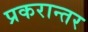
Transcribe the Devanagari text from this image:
प्रकरान्तर